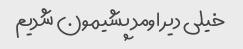
خیلی دیر اومد پشیمون شدیم